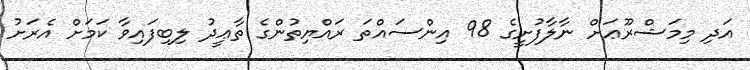
އަދި މިމަޝްރޫޢަށް ނާލާފުށީގެ 98 އިންސައްތަ ރައްޔިތުންގެ ތާޢީދު ލިބިފައިވާ ކަމަށް އެރަށު